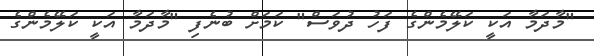
"މާދަމާ އަކީ ކަލޭމެންގެ ފަހު ދުވަސް" ކަމަށް ބުނެފި "މާދަމާ އަކީ ކަލޭމެންގެ